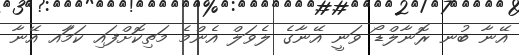
އޭނާ ބުނ ރޮނާލްޑޯ ވަނީ އޭނާގެ ލެވަލް އެންމެ މަތިކޮށްފައި ކަމަާއ އޭނާ